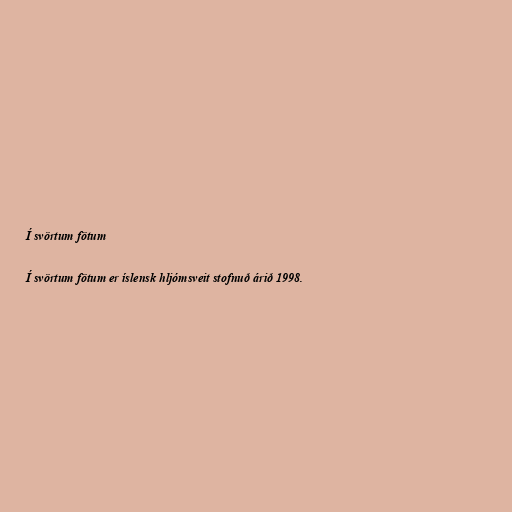
Í svörtum fötum

Í svörtum fötum er íslensk hljómsveit stofnuð árið 1998.